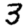
Digit: 3